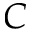
C